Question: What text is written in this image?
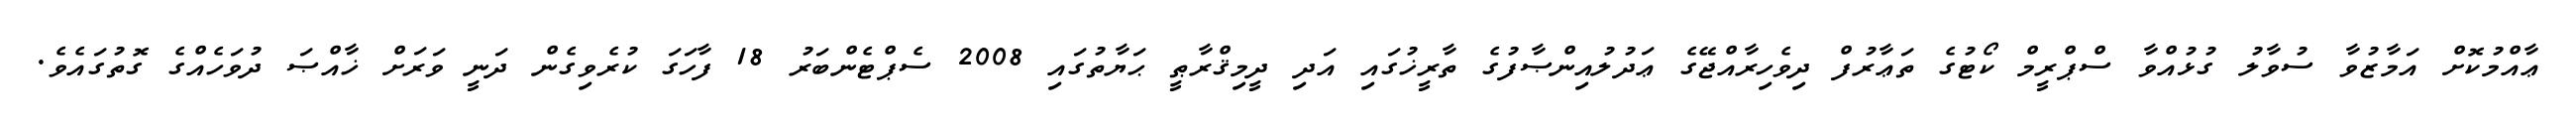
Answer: ޢާއްމުކޮށް އަމާޒުވާ ސުވާލު ގުޅުއްވާ ސްޕްރީމް ކޯޓުގެ ތަޢާރުފް ދިވެހިރާއްޖޭގެ ޢަދުލުއިންޞާފުގެ ތާރީޚުގައި އަދި ދީމިޤްރާޠީ ޙަޔާތުގައި 2008 ސެޕްޓެންބަރު 18 ފާހަގަ ކުރެވިގެން ދަނީ ވަރަށް ޚާއްޞަ ދުވަހެއްގެ ގޮތުގައެވެ.